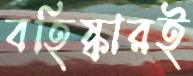
বহিষ্কারই